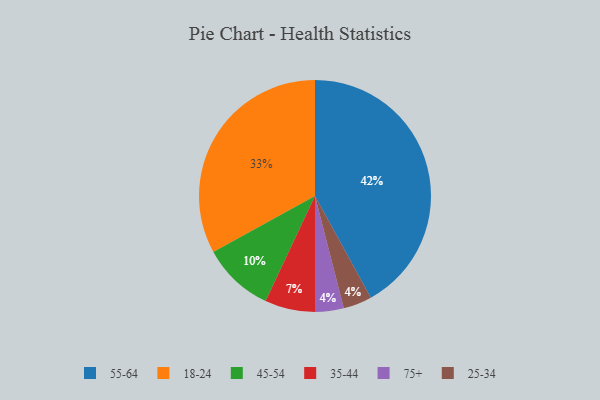
{"axis": {"x": "Category", "y": "Percentage"}, "legend": ["18-24", "25-34", "35-44", "45-54", "55-64", "75+"], "data": [{"x": "18-24", "y": 33, "type": "18-24"}, {"x": "75+", "y": 4, "type": "75+"}, {"x": "45-54", "y": 10, "type": "45-54"}, {"x": "55-64", "y": 42, "type": "55-64"}, {"x": "25-34", "y": 4, "type": "25-34"}, {"x": "35-44", "y": 7, "type": "35-44"}]}